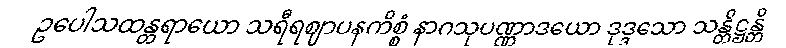
ဥပေါသထန္တရာယော သရီရဈာပနကိစ္စံ နာဂသုပဏ္ဏာဒယော ဒုဒ္ဒသော သန္တိဋ္ဌန္တိ